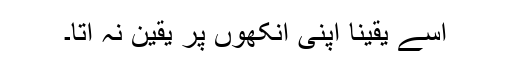
اسے یقینا اپنی آنکھوں پر یقین نہ آتا۔